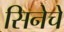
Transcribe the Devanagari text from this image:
सिनेचे